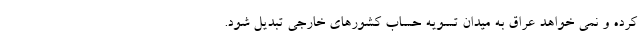
کرده و نمی خواهد عراق به میدان تسویه حساب کشورهای خارجی تبدیل شود.